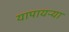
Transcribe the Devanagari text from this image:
यापायऱ्या